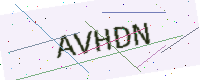
Text: AVHDN